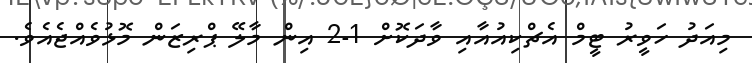
މިއަދު ހަވީރު ޓީމް އެޗްކިއުއާއި ވާދަކޮށް 1-2 އިން މާލޭ ޕްރިޒަން މޮޅުވެއްޖެއެވެ.